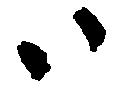
ハ